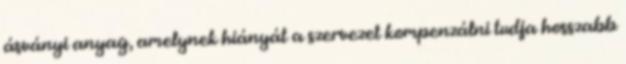
ásványi anyag, amelynek hiányát a szervezet kompenzálni tudja hosszabb